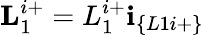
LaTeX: \textbf{L}_{1}^{i+}=L_{1}^{i+}\textbf{i}_{\{ L1i+\} }